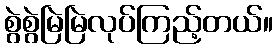
စွဲစွဲမြဲမြဲလုပ်ကြည့်တယ်။